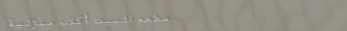
مطعم البيت: أكلات منزلية